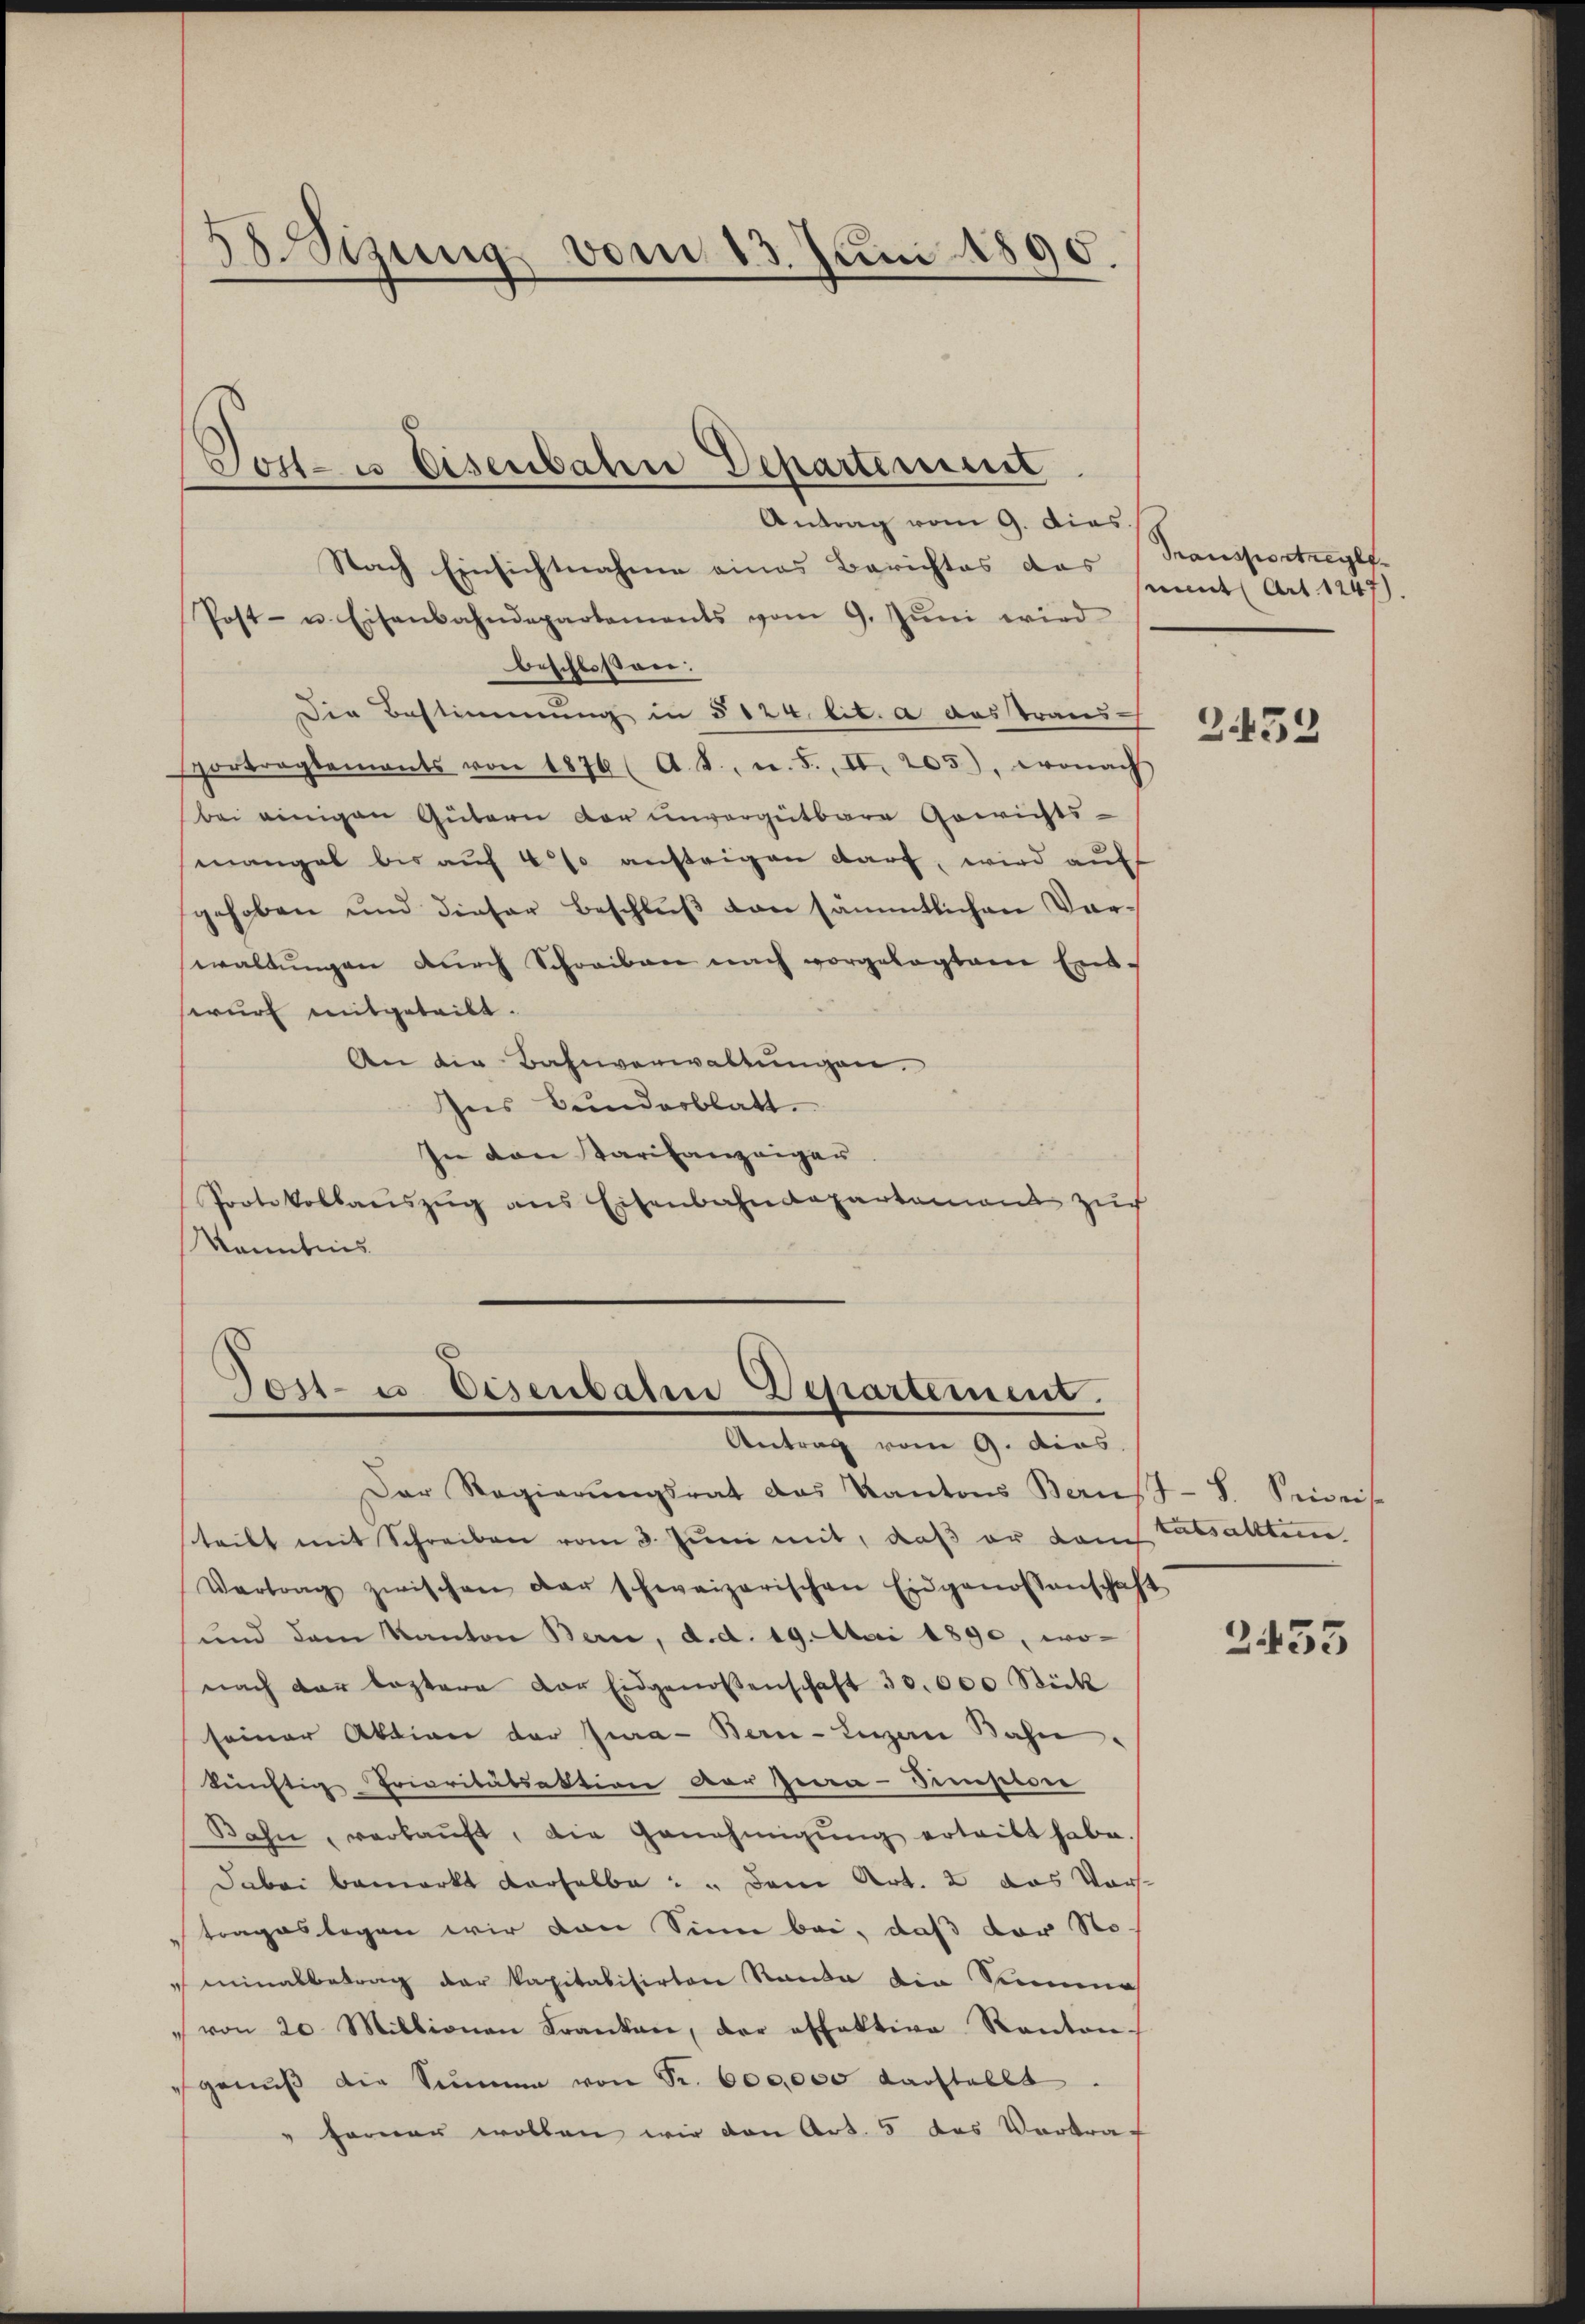
58.Sizung vom 13. Juni 1890.

Tottes Eisenbahn Departement
Antrag vom 9. dies

Nach Einsichtnahme eines Berichtes das
Post- u. Eisenbahndepartements vom 9. Jŭni wird
beschloßen:
Die Bestimmung in § 124 lit. a das transsportragtements von 1876 (A. S., n. F. II. 205), wonach
bei einigen Gütern der unvorgetbare Gewichts-
mangel bis auf 4 % ansteigen darf, wird auf
gehoben und dieser Beschlŭβ von sämmtlichen Vor-
waltungen durch Schreiben nach vorgelegtem End-
wurf mitgeteilt.
An die Bahnverwaltungen.
Ins Bunderblatt.
In den Tarifanzeiger
Protokollauszug aus Eisenbahndepartement zur
kanntnis

Tost- u. Eisenbaten Departement.
Antrag vom 9. dies

Der Regierŭngsrat das Kantons Baust- 8. Seweis-
teibt mit Schreiben vom 3. Juni mit, daß er dem Tatsaltten
Vertrag zwischen der schweizerischen Eidgenossenschaft
und dem Kanton Bern, d. d. 19. Mai 1890, wonach der leztere der Eidgenossenschaft 30,000 Stück
seiner Aktion der Jura - Bern- Luzern Bahn.
künftig Prioritätsaktion vor sera - Sempton
Bahn, verkaŭft, die Genehmigŭng ertritt habe.
Dabei bemerkt derselbe: „Dem Art. 2 das Vortrageslegen wir von Sinn bei, daß der Nominalbetrag der kapitalisirten Randa die Semes
von 20 Millionen Franken, der offektive Kanton-
genŭβ die Sinnen von Sr. 600,000 darstellt
ferner wollen wir den Art. 5 das Verkraf

Transportregle
ment Art. 1247)

Z 452

2433